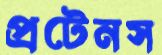
প্রটেনস